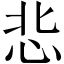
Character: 𢘠